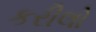
કરીલો